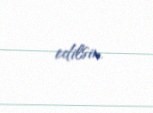
edilsin.